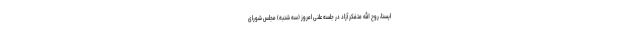
ایسنا، روح الله متفکر آزاد در جلسه علنی امروز (سه شنبه) مجلس شورای